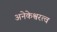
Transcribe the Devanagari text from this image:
अनेकेश्वरत्व